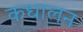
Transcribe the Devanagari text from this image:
कधालन